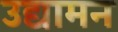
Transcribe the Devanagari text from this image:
उद्यामन